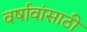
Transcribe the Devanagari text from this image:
वर्षावांसाठी